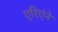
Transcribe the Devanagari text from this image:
एरिएंने